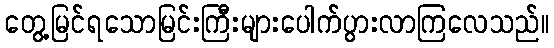
တွေ့မြင်ရသောမြင်းကြီးများပေါက်ပွားလာကြလေသည်။